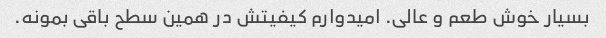
بسیار خوش طعم و عالی. امیدوارم کیفیتش در همین سطح باقی بمونه.